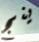
ينج